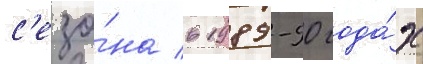
с'езо́на в 1989-90 года́х